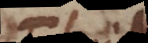
s s